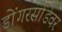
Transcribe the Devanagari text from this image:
डोंगरसोंडेवर